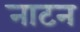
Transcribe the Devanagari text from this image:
नाटन